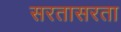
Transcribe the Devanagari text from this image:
सरतासरता